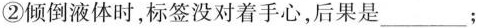
②倾倒液体时，标签没对着手心，后果是___；